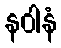
နဝါနံ